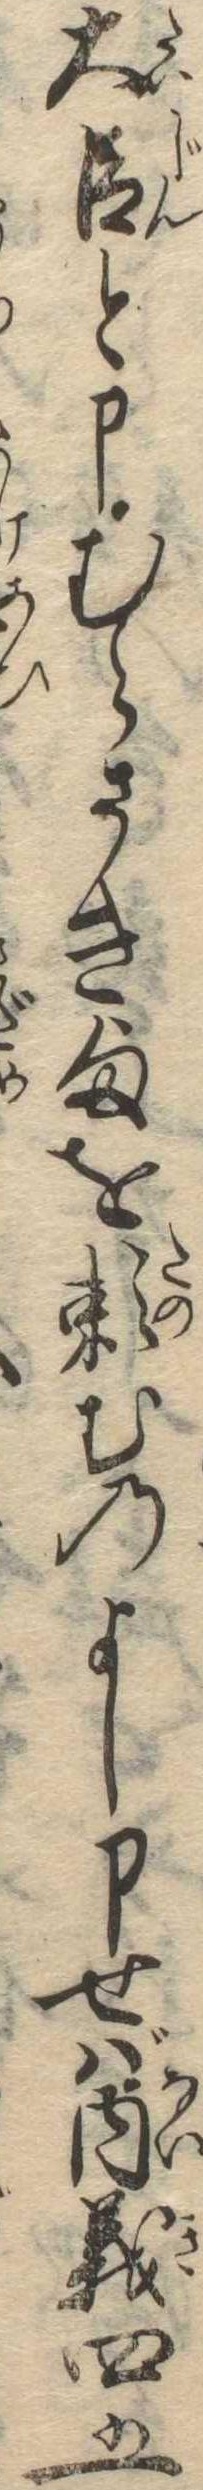
大臣と申むらさき様を頼むのよし申せば内義四五